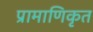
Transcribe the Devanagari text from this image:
प्रामाणिकृत